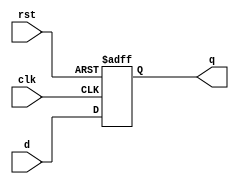

module ff #(parameter N = 32)(
	input clk,rst,
	input [N-1:0]d,
	output reg [N-1:0]q
	

);

always @(posedge clk,negedge rst)
	begin
		if(!rst)
			q <= {N{1'b0}};
		else
			q <= d;
	end
	
endmodule